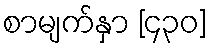
စာမျက်နှာ [၄၃၀]